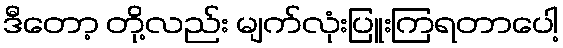
ဒီတော့ တို့လည်း မျက်လုံးပြူးကြရတာပေါ့